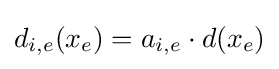
d_{i,e}(x_{e})=a_{i,e}\cdot d(x_{e})